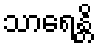
သာရေန္တိ